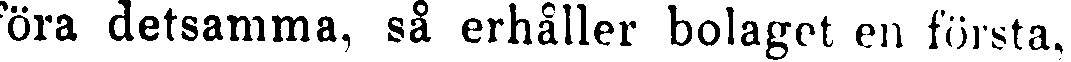
föra detsamma, så erhåller bolaget en första,